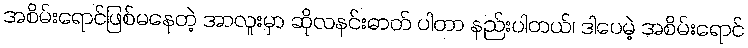
အစိမ်းရောင်ဖြစ်မနေတဲ့ အာလူးမှာ ဆိုလနင်းဓာတ် ပါတာ နည်းပါတယ်၊ ဒါပေမဲ့ အစိမ်းရောင်